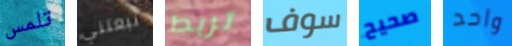
تلمس تبعتني تربط سوف صحيح واحد